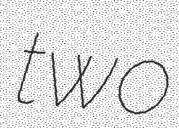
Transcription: two